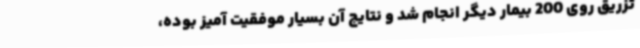
تزریق روی 200 بیمار دیگر انجام شد و نتایج آن بسیار موفقیت آمیز بوده،